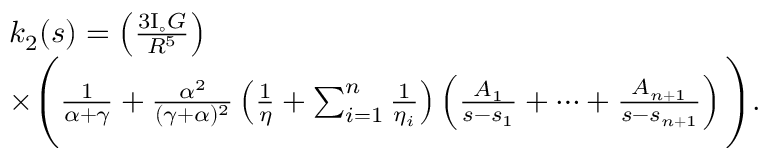
\begin{array} { r l } & { k _ { 2 } ( s ) = \left( \frac { 3 \mathrm { I } _ { \circ } G } { R ^ { 5 } } \right) } \\ & { \times \Bigg ( \frac { 1 } { \alpha + \gamma } + \frac { \alpha ^ { 2 } } { ( \gamma + \alpha ) ^ { 2 } } \left( \frac { 1 } { \eta } + \sum _ { i = 1 } ^ { n } \frac { 1 } { \eta _ { i } } \right) \left( \frac { A _ { 1 } } { s - s _ { 1 } } + \cdots + \frac { A _ { n + 1 } } { s - s _ { n + 1 } } \right) \Bigg ) . } \end{array}